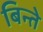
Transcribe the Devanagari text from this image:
बिन्ते